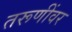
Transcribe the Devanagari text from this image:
तरूणींवर